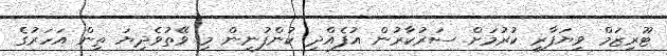
ޓޫރިޒަމް ވިޔަފާރި ކުރުމަށް ސަރުކާރުން އުފެއްދި ކުންފުނިން މި ވޭތުވެދިޔަ ތިން އަހަރުގެ